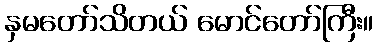
နှမတော်သိတယ် မောင်တော်ကြီး။